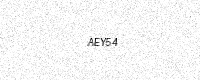
Text: AEY54